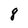
Character: 8